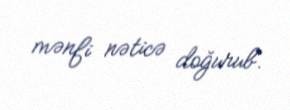
mənfi nəticə doğurub.